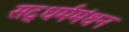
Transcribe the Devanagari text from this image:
सद्‌धर्ममंथन